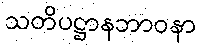
သတိပဋ္ဌာနဘာဝနာ